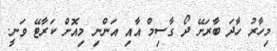
މިހާރު ހާދަ ބާރަށޭ ދޯ ގާސިމް އާއި އަންނި މިއޮށް ކަރާޓޭ ވަނީ.